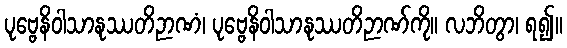
ပုဗ္ဗေနိဝါသာနုဿတိဉာဏံ၊ ပုဗ္ဗေနိဝါသာနုဿတိဉာဏ်ကို။ လဘိတွာ၊ ရ၍။